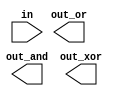
// Build a combinational circuit with four inputs, in[3:0].

// There are 3 outputs as follows:
// out_and: output of a 4-input AND gate.
// out_or: output of a 4-input OR gate.
// out_xor: output of a 4-input XOR gate.


module top_module( 
    input [3:0] in,
    output out_and,
    output out_or,
    output out_xor
);

// Insert your code here

endmodule